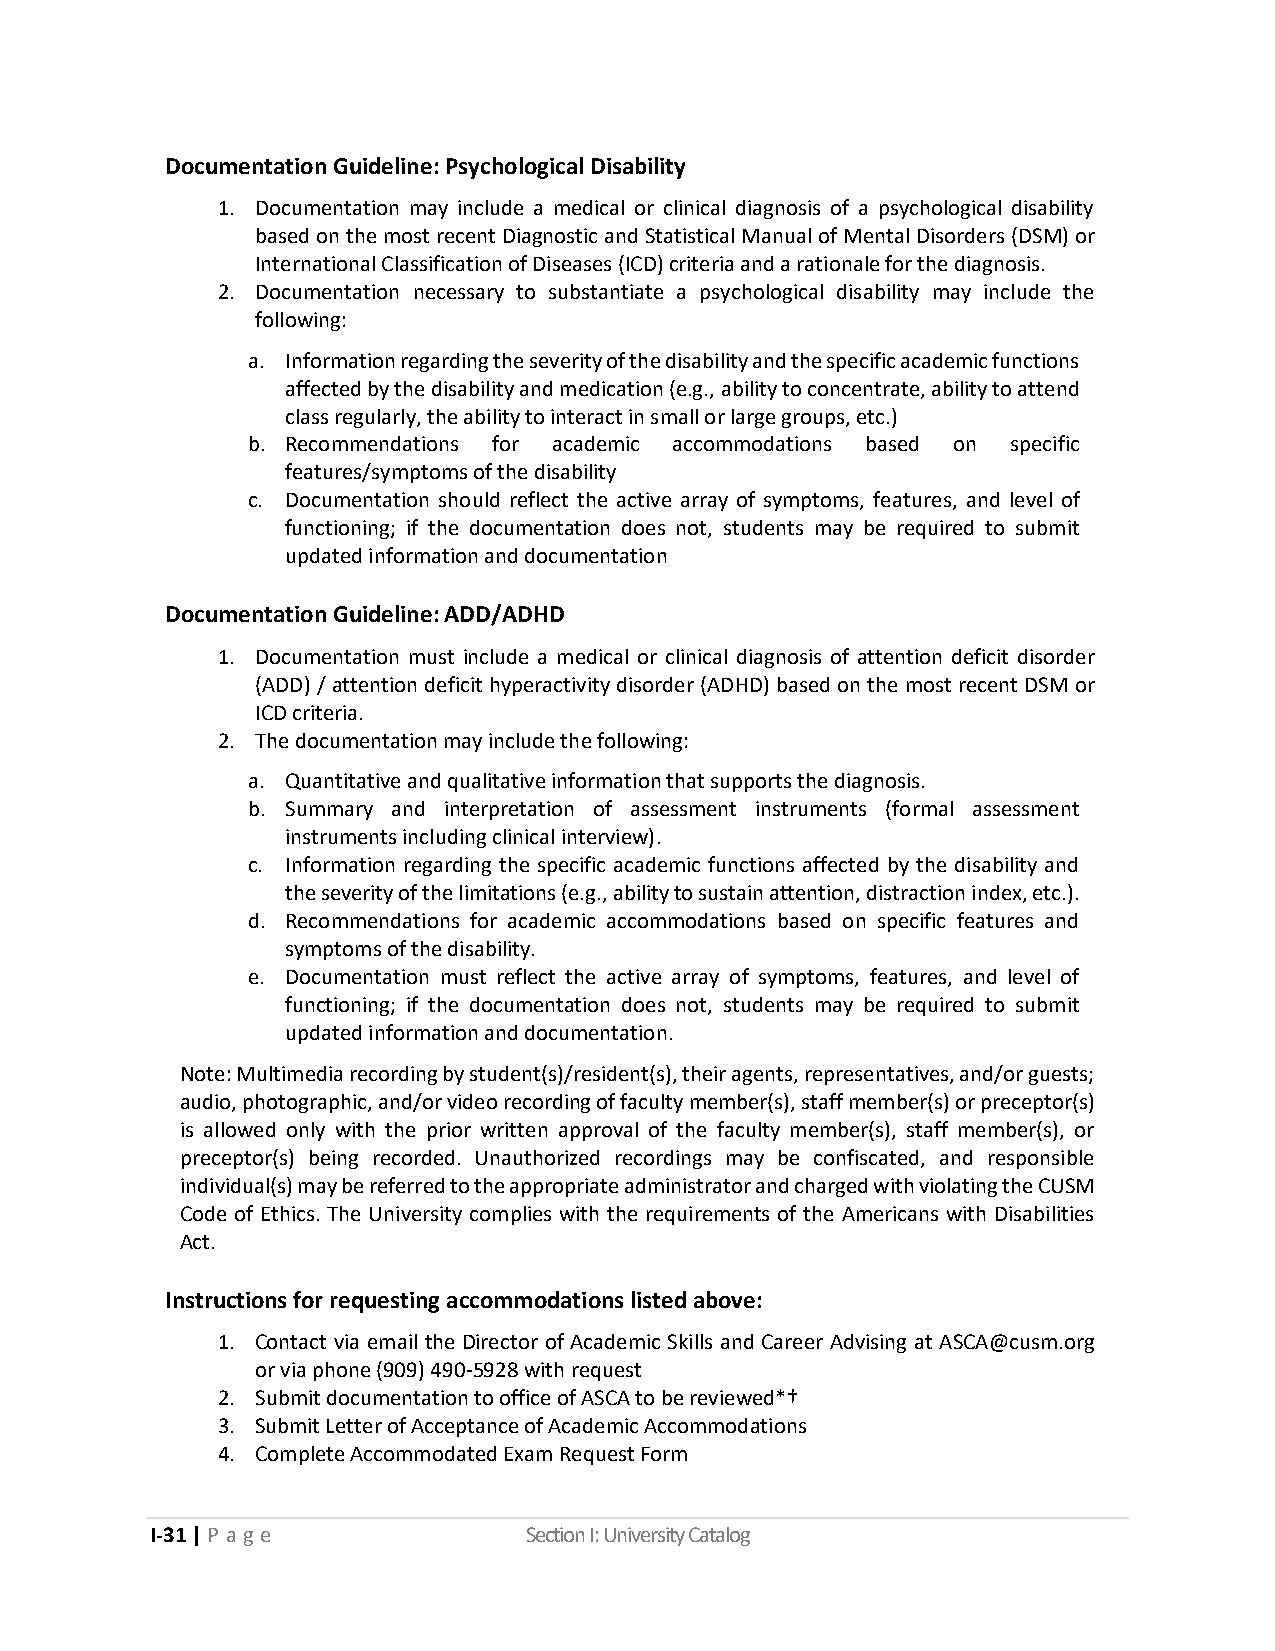
Documentation Guideline: Psychological Disability
 1. Documentation may include a medical or clinical diagnosis of a psychological disability
 based on the most recent Diagnostic and Statistical Manual of Mental Disorders (DSM) or
 International Classification of Diseases (ICD) criteria and a rationale for the diagnosis.
 2. Documentation necessary to substantiate a psychological disability may include the
 following:
 a. Information regarding the severity of the disability and the specific academic functions
 affected by the disability and medication (e.g., ability to concentrate, ability to attend
 class regularly, the ability to interact in small or large groups, etc.)
 b. Recommendations for academic accommodations based on specific
 features/symptoms of the disability
 c. Documentation should reflect the active array of symptoms, features, and level of
 functioning; if the documentation does not, students may be required to submit
 updated information and documentation
 Documentation Guideline: ADD/ADHD
 1. Documentation must include a medical or clinical diagnosis of attention deficit disorder
 (ADD) / attention deficit hyperactivity disorder (ADHD) based on the most recent DSM or
 ICD criteria.
 2. The documentation may include the following:
 a. Quantitative and qualitative information that supports the diagnosis.
 b. Summary and interpretation of assessment instruments (formal assessment
 instruments including clinical interview).
 c. Information regarding the specific academic functions affected by the disability and
 the severity of the limitations (e.g., ability to sustain attention, distraction index, etc.).
 d. Recommendations for academic accommodations based on specific features and
 symptoms of the disability.
 e. Documentation must reflect the active array of symptoms, features, and level of
 functioning; if the documentation does not, students may be required to submit
 updated information and documentation.
 Note: Multimedia recording by student(s)/resident(s), their agents, representatives, and/or guests;
 audio, photographic, and/or video recording of faculty member(s), staff member(s) or preceptor(s)
 is allowed only with the prior written approval of the faculty member(s), staff member(s), or
 preceptor(s) being recorded. Unauthorized recordings may be confiscated, and responsible
 individual(s) may be referred to the appropriate administrator and charged with violating the CUSM
 Code of Ethics. The University complies with the requirements of the Americans with Disabilities
 Act.
 Instructions for requesting accommodations listed above:
 1. Contact via email the Director of Academic Skills and Career Advising at ASCA@cusm.org
 or via phone (909) 490-5928 with request
 2. Submit documentation to office of ASCA to be reviewed*†
 3. Submit Letter of Acceptance of Academic Accommodations
 4. Complete Accommodated Exam Request Form
 I-31 | P a ge            Section I: University Catalog